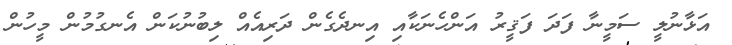
އަޅާނުލީ ސަމީނާ ފަދަ ފަޤީރު އަންހެނަކާއި އިނދެގެން ދަރިއެއް ލިބުނުކަން އެނގުމުން މީހުން